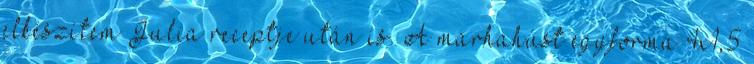
elkészítem Julia receptje után is. A marhahúst egyforma 4x1,5